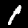
Label: 1